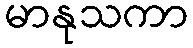
မာနုသကာ